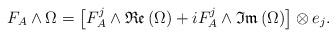
LaTeX: \begin{align*} F_{A}\wedge\Omega=\left[F_{A}^{j}\wedge\mathfrak{Re}\left(\Omega\right)+iF_{A}^{j}\wedge\mathfrak{Im}\left(\Omega\right)\right]\otimes e_{j}.\end{align*}